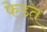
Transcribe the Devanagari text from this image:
फेडत